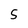
Character: 5